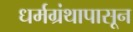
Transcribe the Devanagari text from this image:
धर्मग्रंथापासून